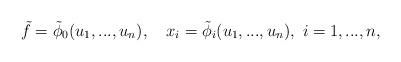
LaTeX: \begin{align*} \tilde{f}=\tilde{\phi}_0(u_1,...,u_n),~~~x_i=\tilde{\phi}_i(u_1,...,u_n),~i=1,...,n, \end{align*}